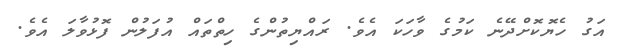
އަގު ހެޔޮކޮށްދޭނެ ކަމުގެ ވާހަކަ އެވެ. ރައްޔިތުންގެ ހިތްތައް އުފަލުން ފޮޅުވާލަ އެވެ.